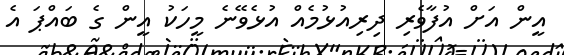
އީން އަށް އުފާވެރި ދިރިއުޅުމެއް އުޅެވޭނެ މީހަކު އީން ގެ ބައްޕަ އެ